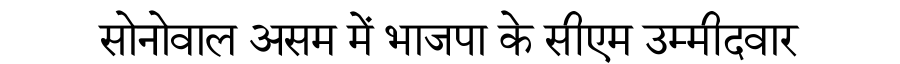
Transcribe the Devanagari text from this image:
सोनोवाल असम में भाजपा के सीएम उम्मीदवार